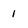
Character: 1